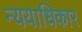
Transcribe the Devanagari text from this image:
न्ययाधिकार